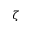
\zeta